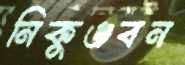
নিকুঞ্জবন